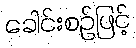
ခေါင်းစဉ်ဖြင့်